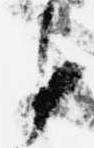
臣